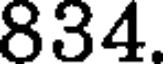
834.